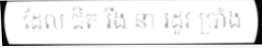
ដែល ជិត រីង នា រដូវ ប្រាំង